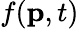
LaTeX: f(\textbf{p},t)